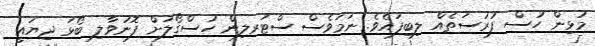
މުޅިން ހުސް ފުރުސަތެއް ލިބިފައެވެ. ނަމަވެސް ސްޓަރލިން ހުސްގޯލަށް ފޮނުވާލި ބޯޅަ ދިޔައީ